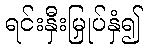
ရင်းနှီးမြှုပ်နှံ၍